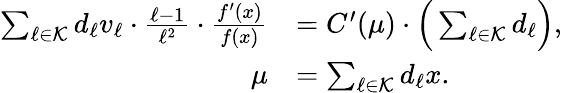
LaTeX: \begin{array}{rl}{\sum_{\ell\in\mathcal{K}}d_{\ell}v_{\ell}\cdot\frac{\ell-1}{\ell^{2}}\cdot\frac{f^{\prime}(x)}{f(x)}}&{=C^{\prime}(\mu)\cdot\Big(\sum_{\ell\in\mathcal{K}}d_{\ell}\Big),}\\ {\mu}&{=\sum_{\ell\in\mathcal{K}}d_{\ell}x.}\end{array}